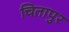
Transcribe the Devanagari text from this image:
चितापुर